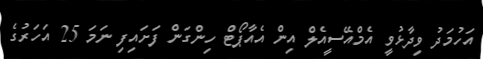
އަހުމަދު ވިދާޅުވީ އެމްއޭސީއެލް އިން އެއާޕޯޓް ހިންގަން ފަށައިފި ނަމަ 25 އަހަރުގެ